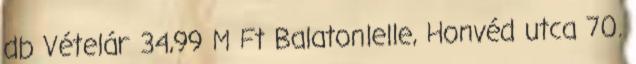
db Vételár 34,99 M Ft Balatonlelle, Honvéd utca 70.